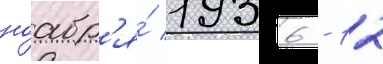
ноабр'я́ 1936 - 12